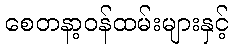
စေတနာ့ဝန်ထမ်းများနှင့်